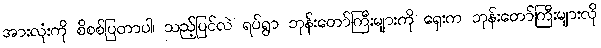
အားလုံးကို စိစစ်ပြတာပါ၊ သည့်ပြင်လဲ ရပ်ရွာ ဘုန်းတော်ကြီးများကို ရှေးက ဘုန်းတော်ကြီးများလို